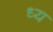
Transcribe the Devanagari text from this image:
ध्य